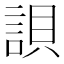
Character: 𧧾